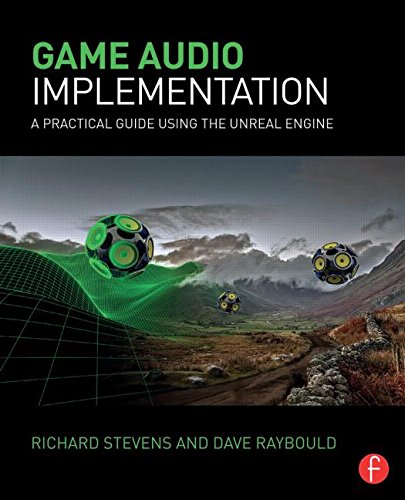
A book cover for Game Audio Implementation: A Practical Guide Using the Unreal Engine; Richard Stevens; Arts & Photography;